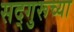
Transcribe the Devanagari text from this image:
सद्गुरूच्या